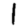
Digit: 1